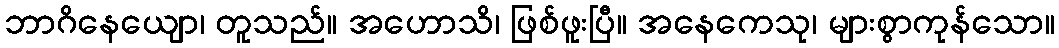
ဘာဂိနေယျော၊ တူသည်။ အဟောသိ၊ ဖြစ်ဖူးပြီ။ အနေကေသု၊ များစွာကုန်သော။